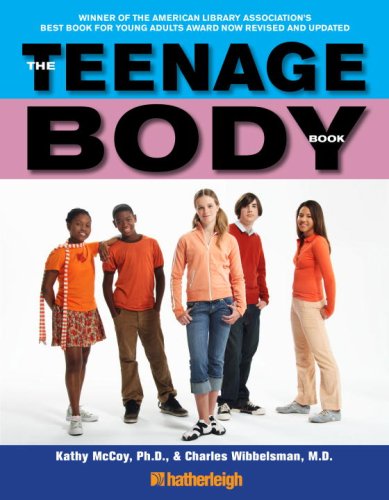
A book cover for The Teenage Body Book: A New Edition for a New Generation; Kathy McCoy Ph.D; Teen & Young Adult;